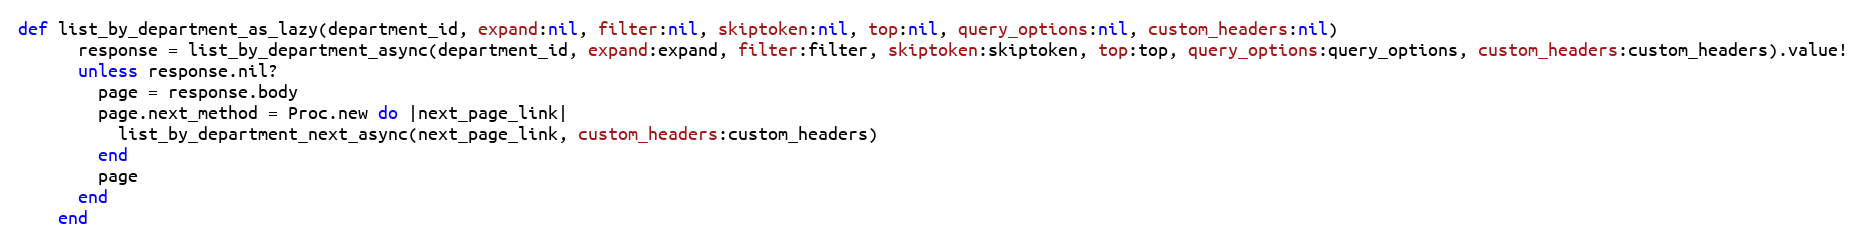
Language: Ruby
def list_by_department_as_lazy(department_id, expand:nil, filter:nil, skiptoken:nil, top:nil, query_options:nil, custom_headers:nil)
      response = list_by_department_async(department_id, expand:expand, filter:filter, skiptoken:skiptoken, top:top, query_options:query_options, custom_headers:custom_headers).value!
      unless response.nil?
        page = response.body
        page.next_method = Proc.new do |next_page_link|
          list_by_department_next_async(next_page_link, custom_headers:custom_headers)
        end
        page
      end
    end